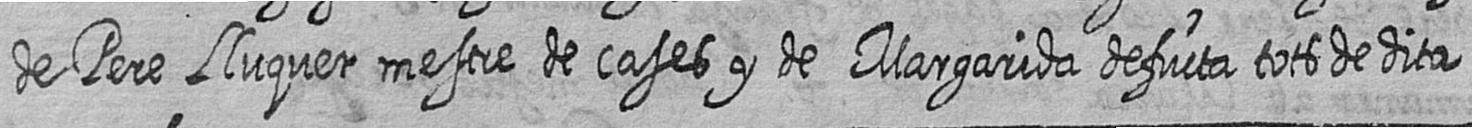
de Pere Lluquer mestre de cases y de Margarida defucta tots de dita